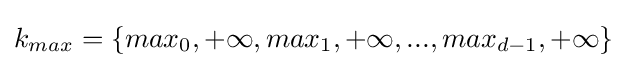
k_{max}=\{max_{0},+\infty ,max_{1},+\infty ,...,max_{d-1},+\infty \}